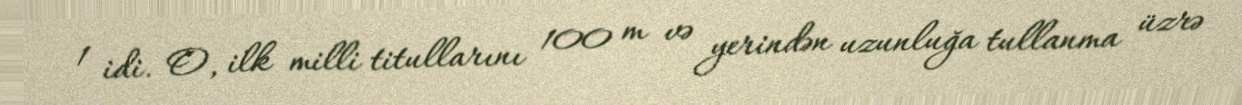
1 idi. O, ilk milli titullarını 100 m və yerindən uzunluğa tullanma üzrə